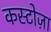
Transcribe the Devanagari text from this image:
कस्टोज़ा